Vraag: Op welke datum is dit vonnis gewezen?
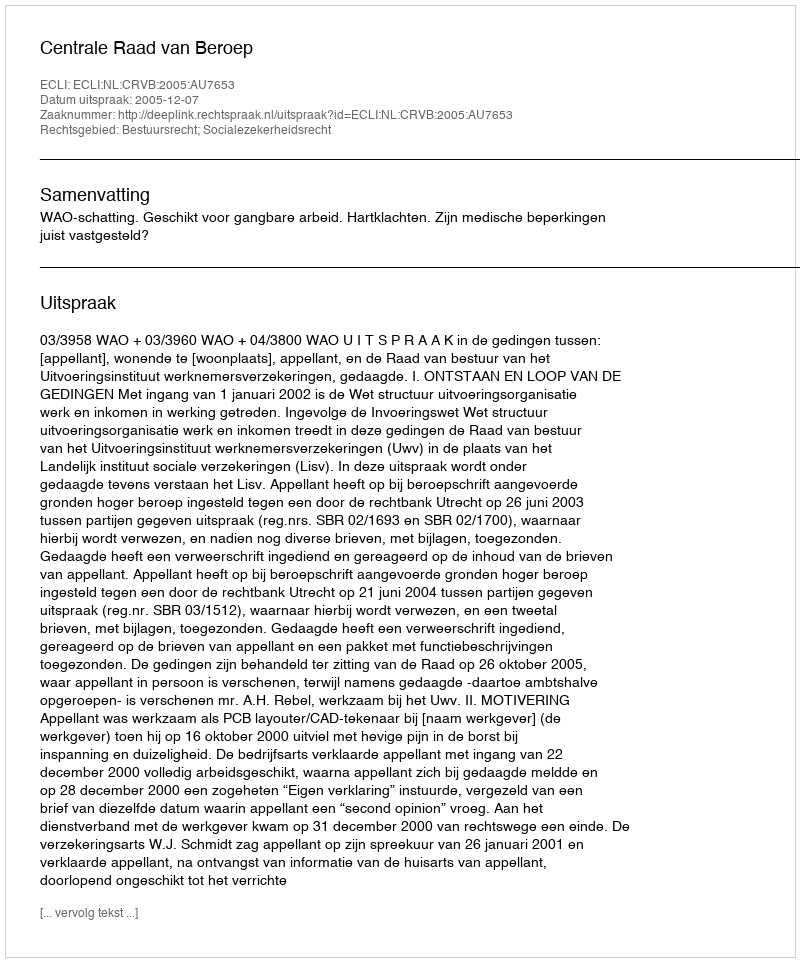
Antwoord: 2005-12-07